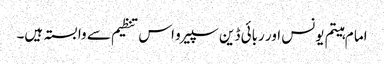
اما م ہیتم یونس اور ربائی ڈین سپیرو اس تنظیم سے وابستہ ہیں۔